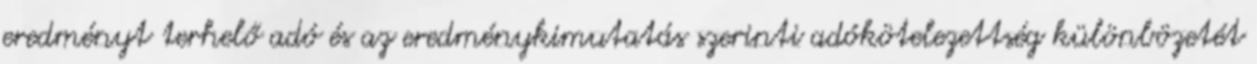
eredményt terhelő adó és az eredménykimutatás szerinti adókötelezettség különbözetét